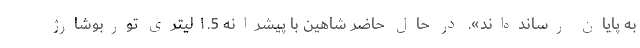
به پایان رسانده‌اند». در حال حاضر شاهین با پیشرانه ۱.5 لیتری توربوشارژ